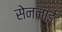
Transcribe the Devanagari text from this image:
सेननाई